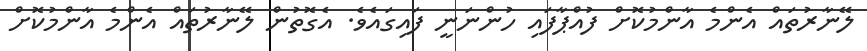
ލޭނާރުތައް އެންމެ އާންމުކޮށް ފުއްޕާފައި ހުންނަނީ ފައިގައެވެ. އެގޮތުން ލޭނާރުތައް އެންމެ އާންމުކޮށް